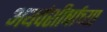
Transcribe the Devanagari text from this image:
अथर्वशीर्षाच्या